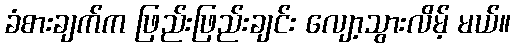
ခံစားချက်က ဖြည်းဖြည်းချင်း လျော့သွားလိမ့် မယ်။